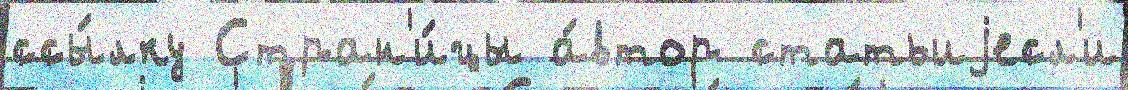
ссы́лку Стран'и́цы а́втор статьиjесл'и